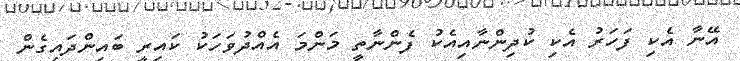
އޭނާ އެކި ފަހަރު އެކި ކުދިންނާއިއެކު ފެންނާތީ މަންމަ އެއްދުވަހަކު ކައިރީ ބައިންދައިގެން